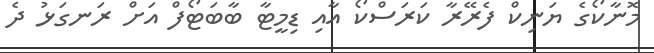
މޮނާކޯގެ ޔަނިކް ފެރޭރާ ކަރަސްކޯ އާއި ޑިމީޓާ ބާބަޓޯފް އަށް ރަނގަޅު ދެ